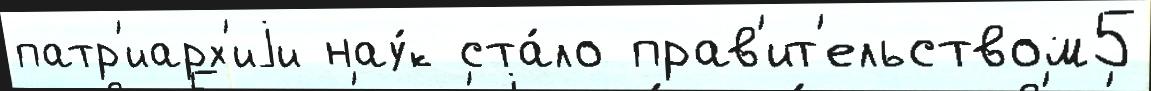
патр'иарх'иjи нау́к ста́ло прав'ит'ельством5